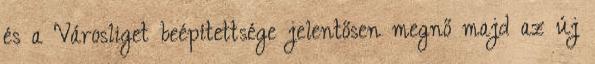
és a Városliget beépítettsége jelentősen megnő majd az új